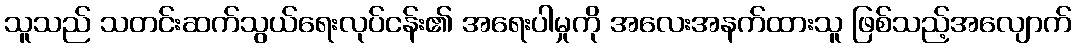
သူသည် သတင်းဆက်သွယ်ရေးလုပ်ငန်း၏ အရေးပါမှုကို အလေးအနက်ထားသူ ဖြစ်သည့်အလျောက်